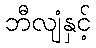
ဘီလျံနှင့်